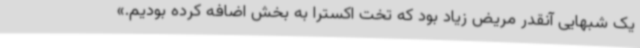
یک شبهایی آنقدر مریض زیاد بود که تخت اکسترا به بخش اضافه کرده بودیم.»